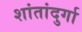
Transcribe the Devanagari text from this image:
शांतांदुर्गा